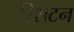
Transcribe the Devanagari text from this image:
रिशटन